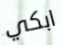
ابكي